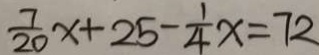
\frac { 7 } { 2 0 } x + 2 5 - \frac { 1 } { 4 } x = 7 2